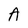
Character: A